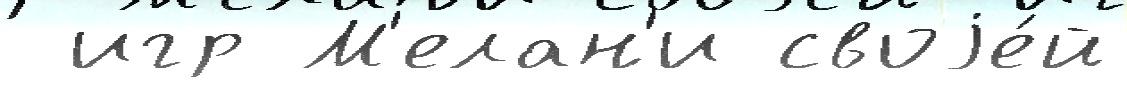
 игр М'елан'и своjе́й